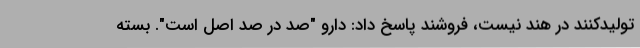
تولیدکنند در هند نیست، فروشند پاسخ داد: دارو "صد در صد اصل است". بسته